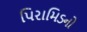
પિરામિડનો